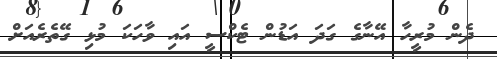
ދެން މުރީހާ އޭނާގެ ގަދަ އަޑުން ޓެކްސީ އައި ވާހަކަ މުޅި ގޭތެރެއަށް